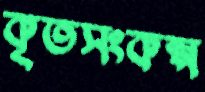
কৃতসংকল্প